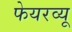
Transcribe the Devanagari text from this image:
फेयरव्यू